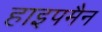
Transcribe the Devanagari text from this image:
हाइपमैन